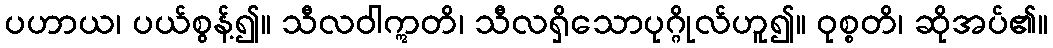
ပဟာယ၊ ပယ်စွန့်၍။ သီလဝါဣတိ၊ သီလရှိသောပုဂ္ဂိုလ်ဟူ၍။ ဝုစ္စတိ၊ ဆိုအပ်၏။